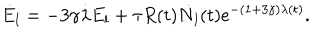
\dot { E } _ { l } = - 3 \gamma \dot { \lambda } E _ { l } + \tau R ( t ) \dot { N } _ { l } ( t ) \mathrm { e } ^ { - ( 1 + 3 \gamma ) \lambda ( t ) } .